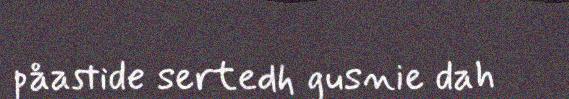
påastide sertedh gusnie dah